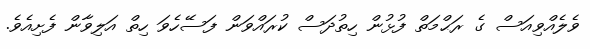
ވެލެއްވިއަސް ގެ ރަޙްމަތް ފުޅުން ހިތުދަސް ކުރައްވަން ފަސޭހެވަ ހިތް އަލިވާން ފެށިއެވެ.